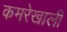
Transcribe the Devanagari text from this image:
कमरेखाली